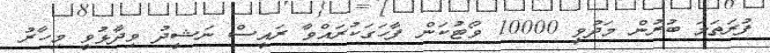
ފުރަތަމަ ބުރުން މަދުވީ 10000 ވޯޓުކަން ފާހަގަކުރައްވާ ރައީސް ނަޝީދު ވިދާޅުވީ މިހާރު